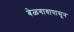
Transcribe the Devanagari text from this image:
बेळगावापासून